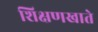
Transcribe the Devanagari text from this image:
शिक्षणखाते